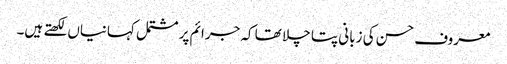
معروف حسن کی زبانی پتا چلا تھا کہ جرائم پر مشتمل کہانیاں لکھتے ہیں۔